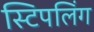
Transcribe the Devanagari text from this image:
स्टिपलिंग